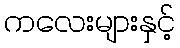
ကလေးများနှင့်